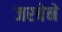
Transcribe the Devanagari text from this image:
जरबेने